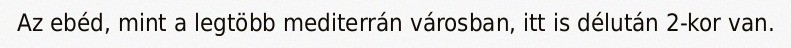
Az ebéd, mint a legtöbb mediterrán városban, itt is délután 2-kor van.